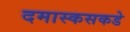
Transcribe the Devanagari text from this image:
दमास्कसकडे